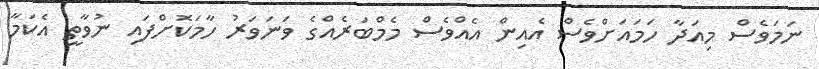
ނަމަވެސް މިއަދާ ހަމައަށްވެސް އެއިން އެއްވެސް މެމްބަރެއްގެ ވަނަވަރު ހާމަކޮށްފައި ނުވާތީ އެކަމާ